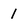
Character: 1